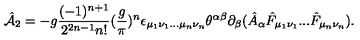
\hat { \cal A } _ { 2 } = - g { \frac { ( - 1 ) ^ { n + 1 } } { 2 ^ { 2 n - 1 } n ! } } ( { \frac { g } { \pi } } ) ^ { n } \epsilon _ { \mu _ { 1 } \nu _ { 1 } . . . \mu _ { n } \nu _ { n } } \theta ^ { \alpha \beta } \partial _ { \beta } ( \hat { A } _ { \alpha } \hat { F } _ { \mu _ { 1 } \nu _ { 1 } } . . . \hat { F } _ { \mu _ { n } \nu _ { n } } ) .